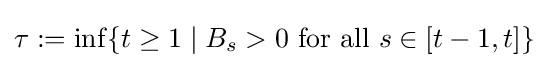
\tau :=\inf\{t\geq 1\mid B_{s}>0{\text{ for all }}s\in [t-1,t]\}